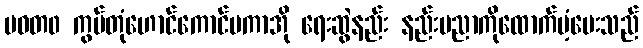
မဝတ၀ ကွမ်တုံဟောင်ကောင်မကာအို ရေးဆွဲနည်း နည်းပညာကိုထောက်ပံ့ပေးသည်